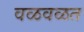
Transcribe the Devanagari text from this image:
वळवळत